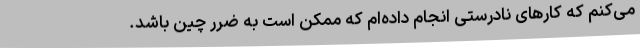
می‌کنم که کارهای نادرستی انجام داده‌ام که ممکن است به ضرر چین باشد.